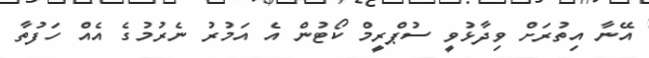
އޭނާ އިތުރަށް ވިދާޅުވީ ސުޕްރީމް ކޯޓުން އެ އަމުރު ނެރުމުގެ އެއް ހަފުތާ